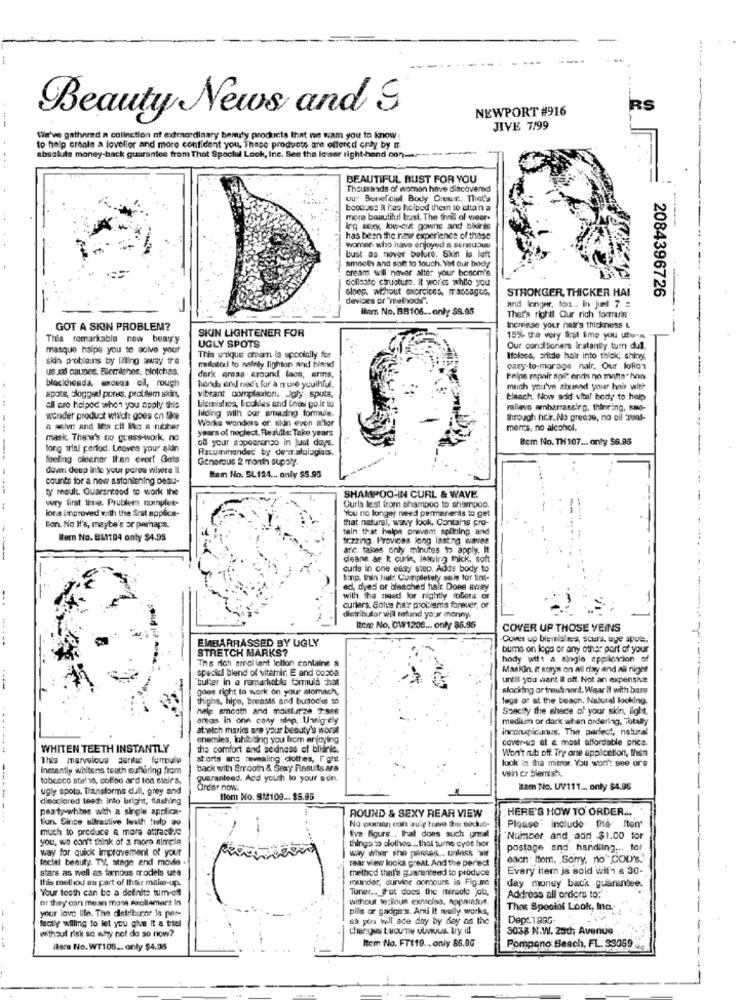
NEWPORT #916
RS
Beauty News and S
JIVE 7/99
We've gathered a collection of extraordinary bemity products that ne wam you to know
to help create a lovelier and more confident you, These products are offered only by mr
absolute money back guarantee from That Special Look, Inc. See the lower right-hand con ..
BEAUTIFUL BUST FOR YOU
Thousands of woman have discovered
ou. Beneficiul Body Ceun. That's
booous: Il has helped thern lo allain a
more beautiful bust. The thrill al weer-
ing sexy kow-ce gowns and bikiris
has been the new experience of these
bust as nover before, Skin is latt
wornen who have enjoyed a straluous
smooth and soft to touch. Yet our body
cream will never alter your bescm's
Collosto chructure. It works while you
Gloop, without exercices, massages,
STRONGER, THICKER HAI
devices or "methods".
2084396726
Item No. BB106 ... only $9.95
and longer, for ... In jund 7 =
That's rightl Our rich formular
GOT A SKIN PROBLEM?
SKIN LIGHTENER FOR
Increase your hair's thickness L
Thle remarkable now beawy
UGLY SPOTS
15% the very first time you turn
masque haipe you to solve your
Our conditioners instantly turn dull
skin problemns by lifling away tre
This unique ornamn is spoolally for
Ifolses, aritde hair into thick, shiny
us ad caunes. Blemishes, blotches.
mailotod to mainly lighton and bland
casy-to-marage hair. Our lolion
blocichonda, exceas oll, rough
horb and ted's for à muse youthful.
derk ereas cround laos, erms,
helps repair apit ends no matts * how
vibrant complexion. Joly. sputs,
much you've shunad your hair with
spots, sloggezi pores, problem skin,
blemishes, freckles and Enes go.it to
bleach. Now add vital body to help
-
all ore helped when you apply this
ralleva embarrassing, thinring, sno-
wonder product which goes on like
hilding with our amazing formuis.
Works wonders or skin even alor
through hcir. No grease, no oil treat-
a sive and Ifa cit Bko a rubber
years of neglect. Results: Take years
ments, no alcohol.
mask. There's no guess-work. no
off your appearanzo in just days.
Item No. TH 107 ... only $6.95
long trial period. Leaves your sidn
Recommended by denr.atologiais.
feeling cleaner than ever! Gets
Generous 2 month supaly.
don deup into your porea where il
counts for a new astonishing Desu-
Ifan No. SL124 ... only $5.95
ty moult. Guaranteed to work the
SHAMPOO-IN CURL & WAVE
very first time. Problem cumples-
:
ions improved with the first applica-
Curls lest from shampoo to shampoo.
You no longer need permanents to get
that natural, wavy look. Contains pro-
Bon. No I's, maybe's or perhaps.
tain that helps prevent spilning and
Bern No. BL1104 only $4.95
tr.zring. Provices long lasting waves
ane takes only minutes to apply. It
deane ae k ourle, lowvirg thick, soft
By step. Adds body to
Simp. Whin tiule Cumpletely sais for tint-
ed, dyedi or bleached hair Does away
with the nosd for nightly oliets or
curlers. Solve ha'r problems forever, or
(Satribulor will rafand your monny.
Item No. OW1208 ... only 85.95
COVER UP THOSE VEINS
EMBARRASSED BY UGLY
Cover up birisisles, scurs, aye apul."
STRETCH MARKS?
bums on logo or any other part of your
The rich amelient lotion containe &
hody wilt a single application of
Maskin. it stays on all day and all night
special blend of vitamin E and 00200
'buffer In a remarkable formula hot
until you want R off. Not an expensive
goos right to work on your stomach,
slacking ar treut nant. Wear Il with bare
thighs, hipo, breasts and buitoc'es to
lege os at the beach, Natural looking.
help smooth and moistur'ze 7:586
Specify the shade of your skin, light,
--.
areas in onn cany sinp. Untig tly
medium or dark when ordering, Totally
stretch marks are your beauty's worst
inconspicuous. The perfect, natural
-
enemies, lahloting you lrom enjoying
cover-up at e most affordable price.
-
WHITEN TEETH INSTANTLY
tha comfort and seddness of bikinie.
Won't rib off. Try one appicetion, then
This marvelous denkue ferrule
storts ans revealing clothes, Ight
look in tha mitror. You won't see ore
Instantly wisitens teath suffering from
back with Smooth &, Sexy Results are
vain cr blemish.
tobacco staalso, colloo ar'd ton stairs,
guaranteed. Add youth lo your sen.
ugly spots. Transforme dall, grey and
Order now.
tam No. UV111 ... only $4.95
discolored teeth into bright, flashing
flom No. 814109 ... $5.85
pea ty whites with a single applica-
HERE'S HOW TO ORDER ...
lion. Since ultrastive Wwwih hulp ao
ROUND & SEXY REAR VIEW
much to produce a more attractive
No woman can su'y trave the sockso-
Please Include the Item
you, we can't think of a more simple
Ive figure .. that does such great
"Number, and add $1.00 for
way for quick improvement of your
thingo to alolhos ... that turne cyos hor
way wher she parses .. unless wir
postage and. handling ... . for
facial beauty: TV, stage and movie .
rear view looks great. And the perlect
each" Itom. Sorry, no" COD'S.
stars as well as farnous trodels use
methed that's guaranteed to produce
Every item is sold wifi & 30-
this melliod as part of their make-up.
rouinder, curvior comouns is Figure
Your tooth can be a definite tum-off
Toner ... that does the miracle job,
day money back guarantee.
or they can mean moss mrokamers In
without te:l'oun exnicino, nopaatus.
Address all orders to:
your love life. The distribuene is per-
pills or gadge's. Anu It really works,
That Special Look, Ina.
fecly willing to let you give it a trial
tis you Will ace day by day as the
Dept. 1895
changes tucune ulvous. Try ill
3038 N.W. 25th Avenue .
without risk so why not do so now?
ilama No. WT105 ... only $4.35
Item No. FT119 ... only 85.90
Pompano Beach, FL. 33069